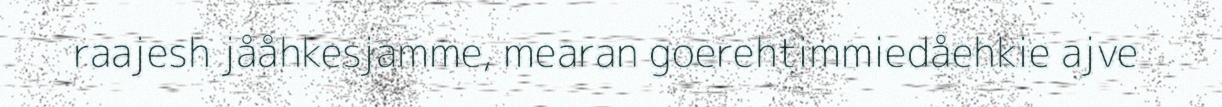
raajesh jååhkesjamme, mearan goerehtimmiedåehkie ajve